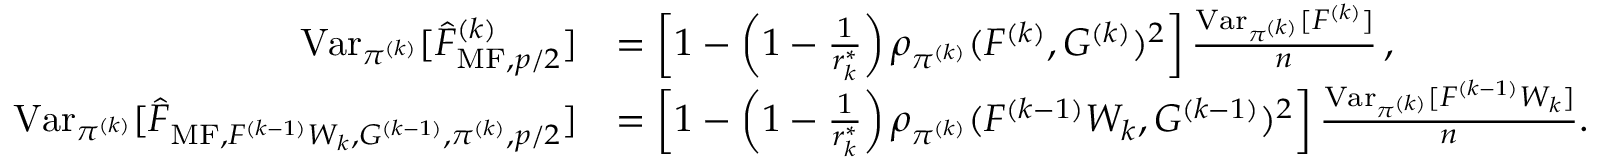
\begin{array} { r l } { \operatorname { V a r } _ { \pi ^ { ( k ) } } [ \widehat { F } _ { \mathrm { M F } , p / 2 } ^ { ( k ) } ] } & { = \left[ 1 - \left( 1 - \frac { 1 } { r _ { k } ^ { \ast } } \right) \rho _ { \pi ^ { ( k ) } } ( F ^ { ( k ) } , G ^ { ( k ) } ) ^ { 2 } \right] \frac { \operatorname { V a r } _ { \pi ^ { ( k ) } } [ F ^ { ( k ) } ] } { n } \, , } \\ { \operatorname { V a r } _ { \pi ^ { ( k ) } } [ \widehat { F } _ { \mathrm { M F } , F ^ { ( k - 1 ) } W _ { k } , G ^ { ( k - 1 ) } , \pi ^ { ( k ) } , p / 2 } ] } & { = \left[ 1 - \left( 1 - \frac { 1 } { r _ { k } ^ { \ast } } \right) \rho _ { \pi ^ { ( k ) } } ( F ^ { ( k - 1 ) } W _ { k } , G ^ { ( k - 1 ) } ) ^ { 2 } \right] \frac { \operatorname { V a r } _ { \pi ^ { ( k ) } } [ F ^ { ( k - 1 ) } W _ { k } ] } { n } . } \end{array}